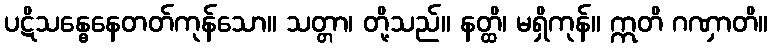
ပဋိသန္ဓေနေတတ်ကုန်သော။ သတ္တာ၊ တို့သည်။ နတ္ထိ၊ မရှိကုန်။ ဣတိ ဂဏှာတိ။